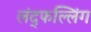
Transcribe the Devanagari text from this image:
लंद्फल्लिंग